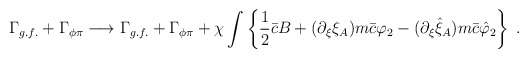
\begin{align*}\Gamma_{g.f.} + \Gamma_{\phi\pi} \longrightarrow \Gamma_{g.f.} + \Gamma_{\phi\pi}+ \chi \int\left\{ \frac 12 \bar c B + (\partial_{\xi} \xi _A) m \bar c \varphi_2 -(\partial_{\xi} \hat \xi_A) m \bar c\hat \varphi _2 \right\} \; .\end{align*}